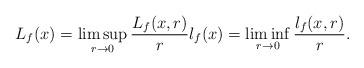
LaTeX: \begin{align*}L_f(x)=\limsup_{r\to 0}\frac{L_f(x,r)}{r}l_f(x)=\liminf_{r\to 0}\frac{l_f(x,r)}{r}.\end{align*}